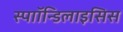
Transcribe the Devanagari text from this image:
स्पाॉन्डिलाइसिस